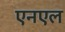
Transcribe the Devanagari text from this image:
एनएल